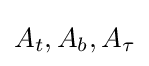
A_{t},A_{b},A_{\tau }